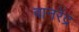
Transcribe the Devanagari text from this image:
वानरेंद्र